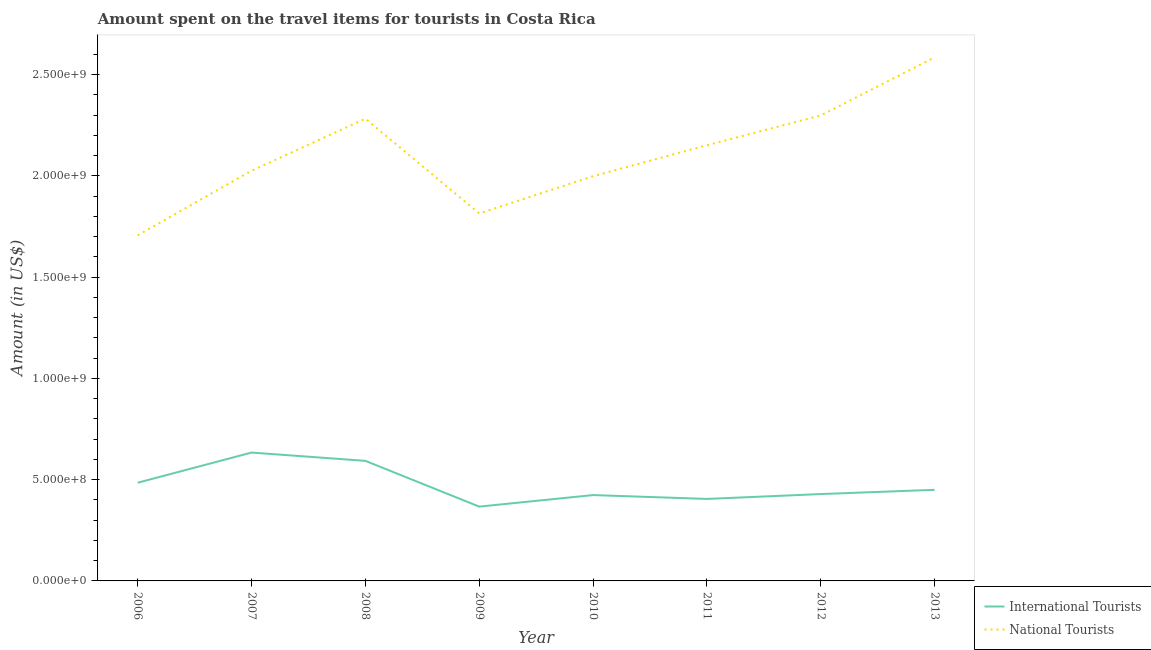
| Year | International Tourists | National Tourists |
 | --- | --- | --- |
 | 2006 | 4.85e+08 | 1.71e+09 |
 | 2007 | 6.34e+08 | 2.03e+09 |
 | 2008 | 5.93e+08 | 2.28e+09 |
 | 2009 | 3.67e+08 | 1.82e+09 |
 | 2010 | 4.24e+08 | 2e+09 |
 | 2011 | 4.05e+08 | 2.15e+09 |
 | 2012 | 4.29e+08 | 2.3e+09 |
 | 2013 | 4.5e+08 | 2.59e+09 |